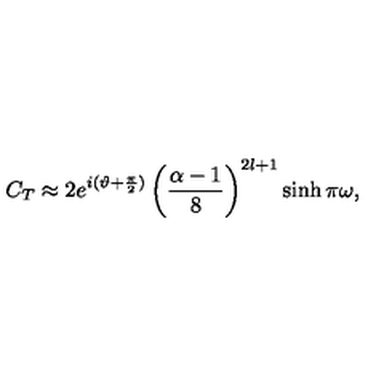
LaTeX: C _ { T } \approx 2 e ^ { i ( \vartheta + \frac { \pi } { 2 } ) } \left( \frac { \alpha - 1 } { 8 } \right) ^ { 2 l + 1 } \sinh \pi \omega ,